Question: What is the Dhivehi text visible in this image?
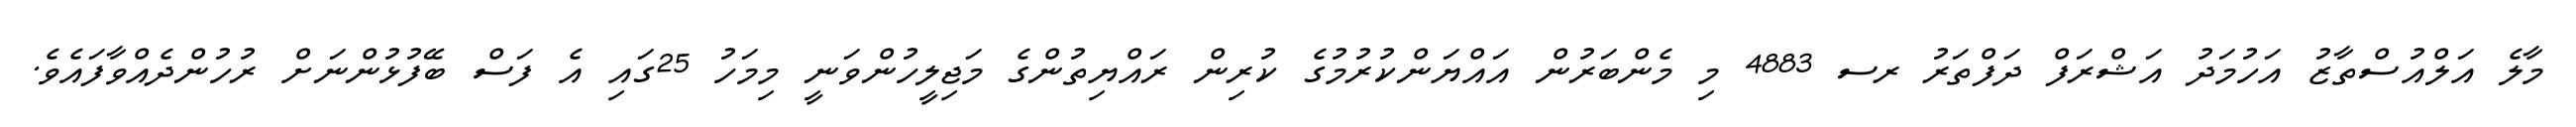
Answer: މާލެ އަލްއުސްތާޒު އަހުމަދު އަޝްރަފް ދަފްތަރު ރސ 4883 މި މެންބަރުން އައްޔަންކުރުމުގެ ކުރިން ރައްޔިތުންގެ މަޖިލީހުންވަނީ މިމަހު 25ގައި އެ ފަސް ބޭފުޅުންނަށް ރުހުންދެއްވާފައެވެ.